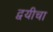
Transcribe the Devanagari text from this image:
द्वयीचा